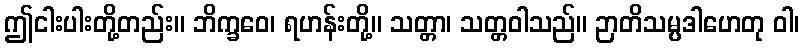
ဤငါးပါးတို့တည်း။ ဘိက္ခဝေ၊ ရဟန်းတို့။ သတ္တာ၊ သတ္တဝါသည်။ ဉာတိသမ္ပဒါဟေတု ဝါ၊